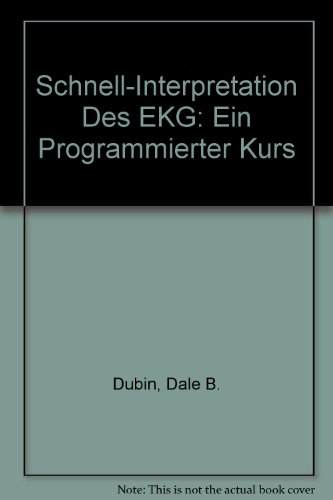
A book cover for Schnell-Interpretation des EKG: Ein programmierter Kurs (German Edition); Dale B. Dubin; Medical Books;